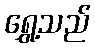
ရွှေ့သည်